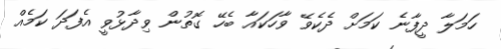
ހަމަލާ ދީފާނެ ކަމަށް ދެކެވޭ ވާހަކައާ ބެހޭ ގޮތުން ވިދާޅުވީ އެފަދަ ކަމެއް